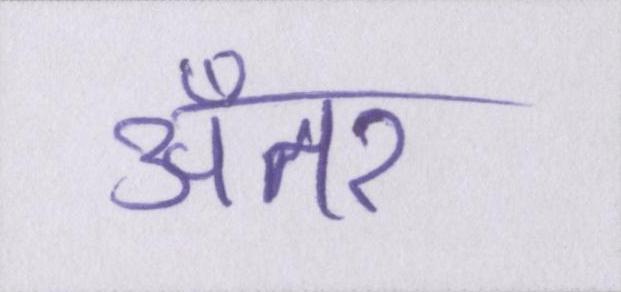
अँतर